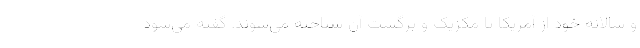
و سالانه خود از آمریکا تا مکزیک و برگشت آن شناخته می‌شوند. گفته می‌شود